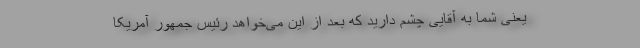
یعنی شما به آقایی چشم دارید که بعد از این می‌خواهد رئیس جمهور آمریکا